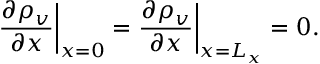
\frac { \partial \rho _ { v } } { \partial x } \bigg \vert _ { x = 0 } = \frac { \partial \rho _ { v } } { \partial x } \bigg \vert _ { x = L _ { x } } = 0 .